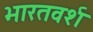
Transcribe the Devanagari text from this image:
भारतवर्श